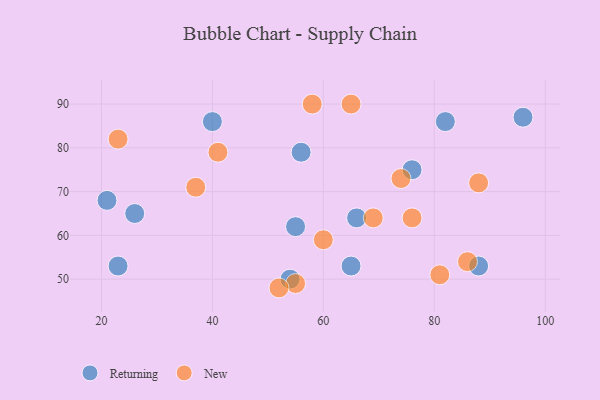
{"axis": {"x": "GDP", "y": "Life Expectancy"}, "legend": ["New", "Returning"], "data": [{"x": "76", "y": 75, "type": "Returning"}, {"x": "54", "y": 50, "type": "Returning"}, {"x": "56", "y": 79, "type": "Returning"}, {"x": "26", "y": 65, "type": "Returning"}, {"x": "23", "y": 53, "type": "Returning"}, {"x": "21", "y": 68, "type": "Returning"}, {"x": "88", "y": 53, "type": "Returning"}, {"x": "65", "y": 53, "type": "Returning"}, {"x": "96", "y": 87, "type": "Returning"}, {"x": "66", "y": 64, "type": "Returning"}, {"x": "82", "y": 86, "type": "Returning"}, {"x": "40", "y": 86, "type": "Returning"}, {"x": "55", "y": 62, "type": "Returning"}, {"x": "65", "y": 90, "type": "New"}, {"x": "58", "y": 90, "type": "New"}, {"x": "69", "y": 64, "type": "New"}, {"x": "23", "y": 82, "type": "New"}, {"x": "86", "y": 54, "type": "New"}, {"x": "76", "y": 64, "type": "New"}, {"x": "81", "y": 51, "type": "New"}, {"x": "41", "y": 79, "type": "New"}, {"x": "88", "y": 72, "type": "New"}, {"x": "55", "y": 49, "type": "New"}, {"x": "52", "y": 48, "type": "New"}, {"x": "60", "y": 59, "type": "New"}, {"x": "74", "y": 73, "type": "New"}, {"x": "37", "y": 71, "type": "New"}]}